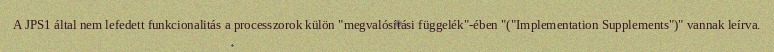
A JPS1 által nem lefedett funkcionalitás a processzorok külön "megvalósítási függelék"-ében "("Implementation Supplements")" vannak leírva.